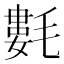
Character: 氀